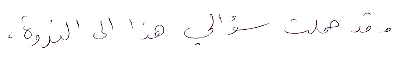
وقد حملت سؤالي هذا الى الندوة،